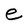
Character: e